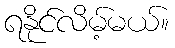
ရနိုင်လိမ့်မယ်။